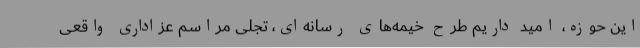
این حوزه، امید داریم طرح خیمه‌های رسانه‌ای، تجلی مراسم عزاداری واقعی